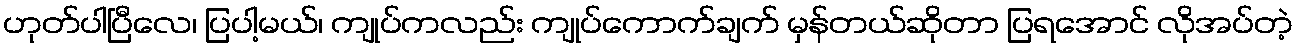
ဟုတ်ပါပြီလေ၊ ပြပါ့မယ်၊ ကျုပ်ကလည်း ကျုပ်ကောက်ချက် မှန်တယ်ဆိုတာ ပြရအောင် လိုအပ်တဲ့